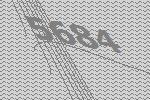
5684